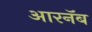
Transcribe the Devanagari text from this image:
आरनॅब